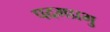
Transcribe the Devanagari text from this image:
पदमप्रभु